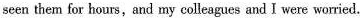
seen them for hours,and my colleagues and I were worried.